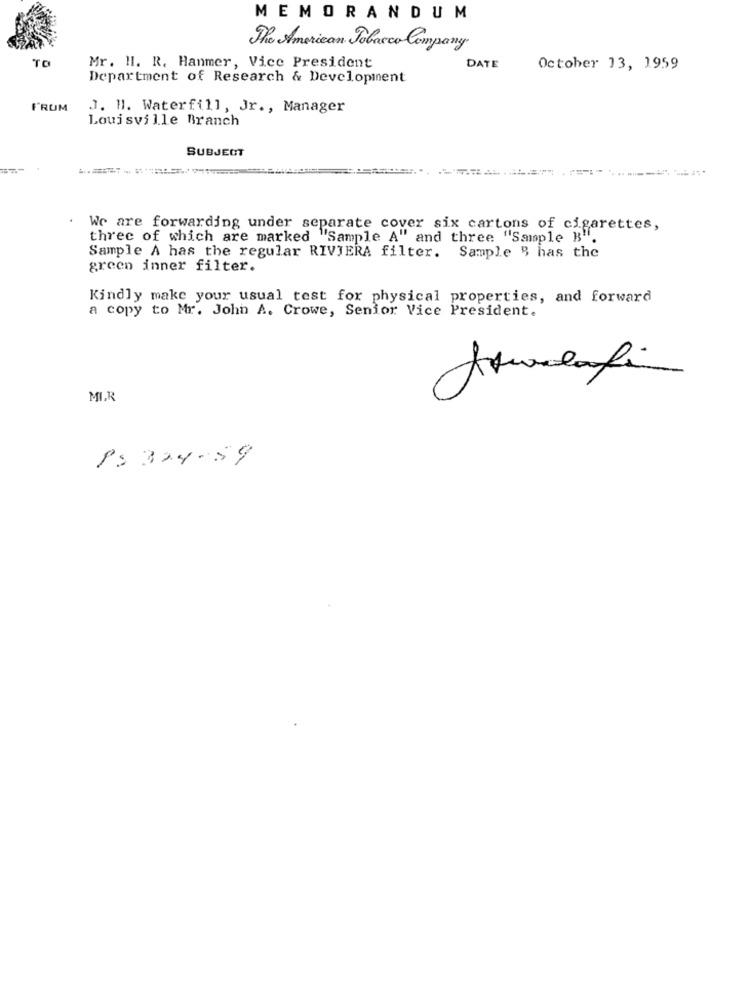
MEMORANDUM
The American Tobacco Company
TO
Mr. HI. R. Hanmer, Vice President
DATE
October 13, 1959
Department of Research & Development
FRUM
J. M. Waterfill, Jr ., Manager
Louisville Branch
SUBJECT
.
We are forwarding under separate cover six cartons of cigarettes,
three of which are marked "Sample A" and three "Sample B".
Sample A has the regular RIVIERA filter. Sample " has the
green inner filter.
Kindly make your usual test for physical properties, and forward
a copy to Mr. John A. Crowe, Senior Vice President.
MIR
PS 324.59